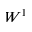
W ^ { 1 }